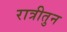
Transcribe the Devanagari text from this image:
रात्रीतुन